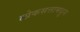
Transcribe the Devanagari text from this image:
लोकसत्तामधून